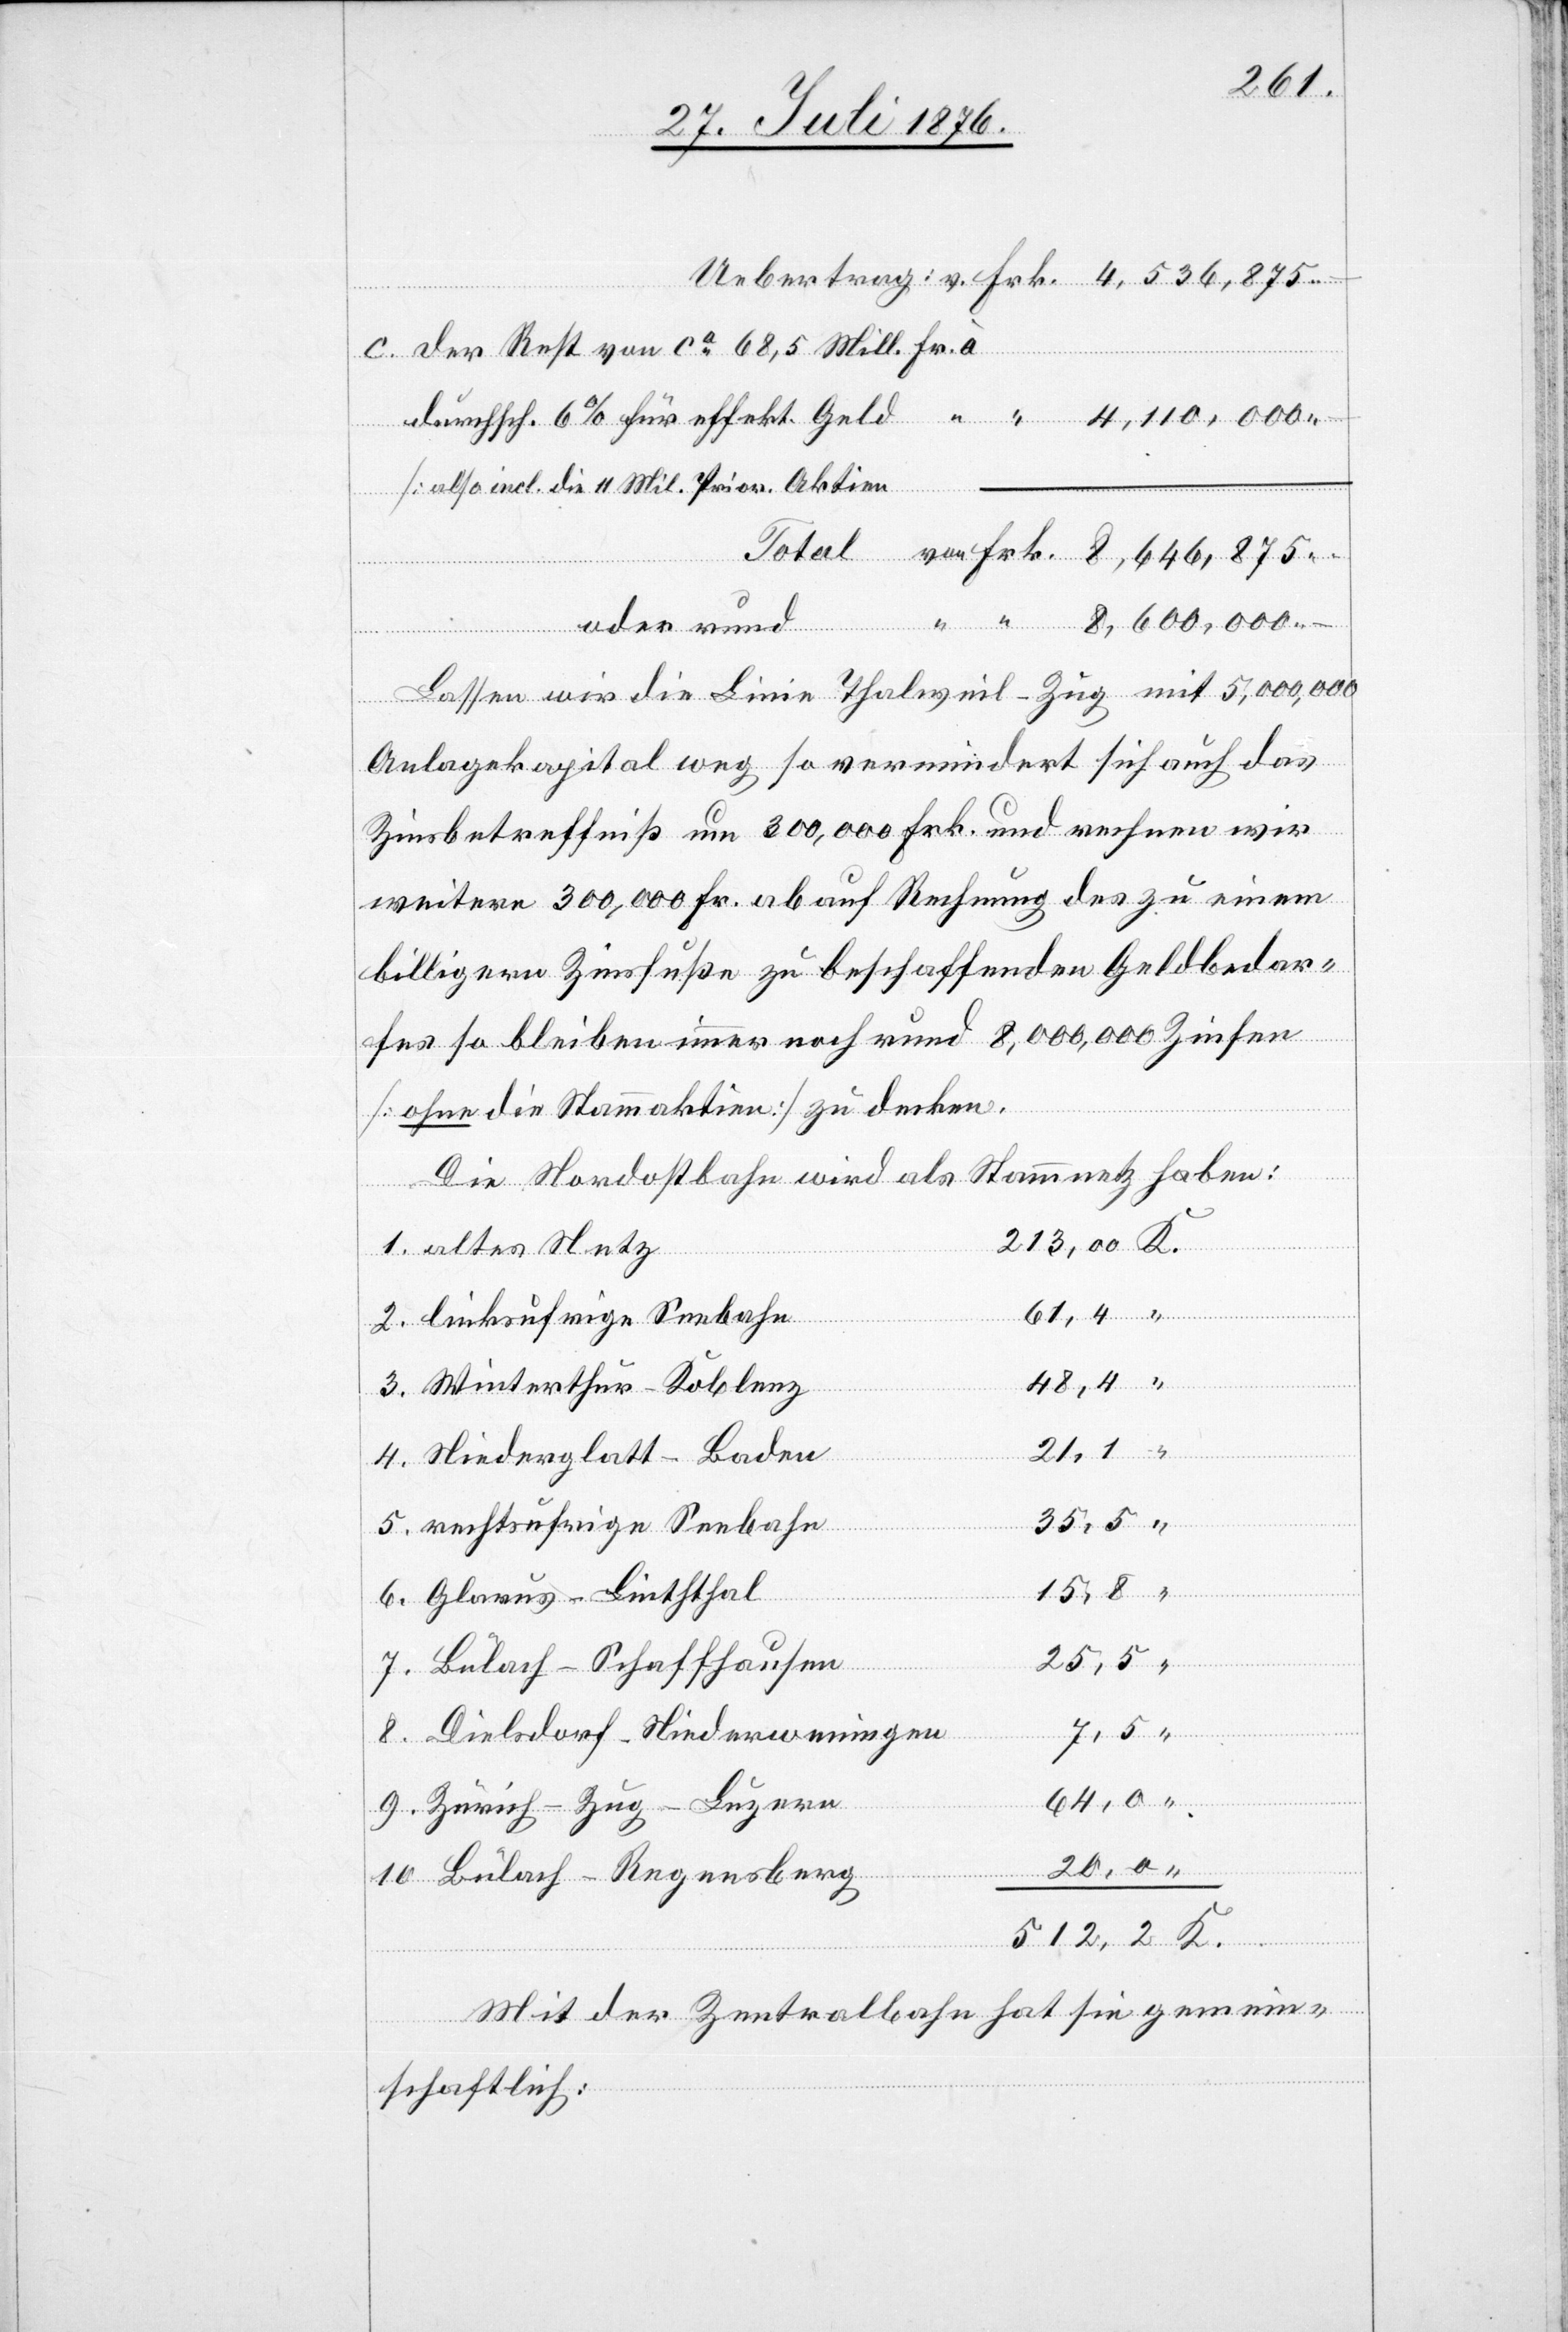
der Rest von ca 68,5 Mill. Fr. à
rund
[also incl. die 11 Mil. Prior. Aktie¬
von
Lassen wir die Linie Thalweil–Zug mit 5,000,000
–
Anlagekapital weg so vermindert sich auch das
Zinsbetreffniß um 300,000 Fr. und rechnen wir
weitere 300,000 Fr. ab auf Rechnung des zu einem
billigern Zinsfuße zu beschaffenden Geldbedar¬
fes so bleiben immer noch rund 8,000,000 Zinsen
[ohne die Stammaktien] zu decken.
Die Nordostbahn wird als Stammnetz haben:
213,00 K.
1. altes Netz
2. linksufrige Seebahn
48,4 “
3. Winterthur–Koblenz
21,1 “
4. Niederglatt–Baden
5. rechtsufrige Seebahn
6. Glarus–Linththal
25,5
7. Bülach–Schaffhausen
8. Dielsdorf–Niederweningen
64,0 “
9. Zürich–Zug–Luzern
10. Bülach–Regensberg
512,2 K.
Mit der Zentralbahn hat sie gemein¬
schaftlich: